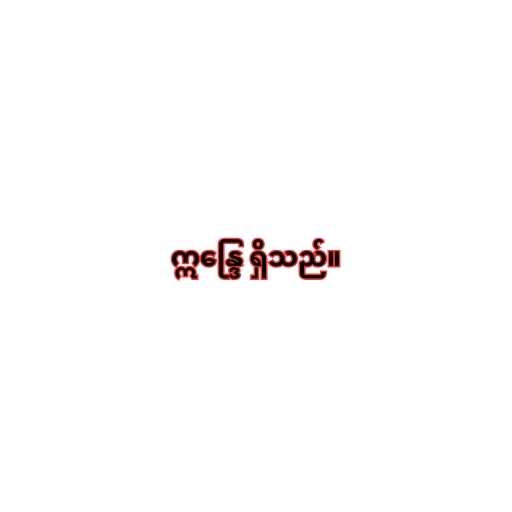
ဣန္ဒြေ ရှိသည်။